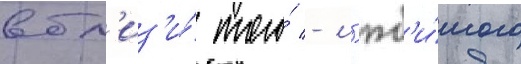
вбл'из'и́ того́ - л'юб'и́мого